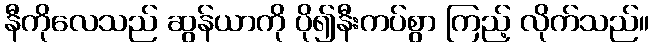
နီကိုလေသည် ဆွန်ယာကို ပို၍နီးကပ်စွာ ကြည့် လိုက်သည်။